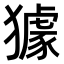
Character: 𤢓